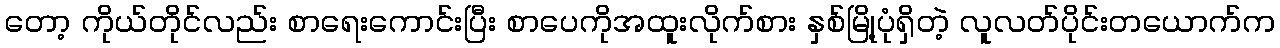
တော့ ကိုယ်တိုင်လည်း စာရေးကောင်းပြီး စာပေကိုအထူးလိုက်စား နှစ်မြို့ပုံရှိတဲ့ လူလတ်ပိုင်းတယောက်က